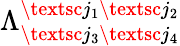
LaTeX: \Lambda_{\textsc{j}_{3}\textsc{j}_{4}}^{\textsc{j}_{1}\textsc{j}_{2}}